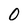
Character: 0